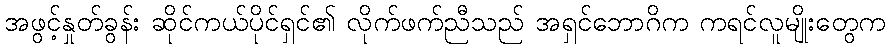
အဖွင့်နှုတ်ခွန်း ဆိုင်ကယ်ပိုင်ရှင်၏ လိုက်ဖက်ညီသည် အရှင်ဘောဂိက ကရင်လူမျိုးတွေက